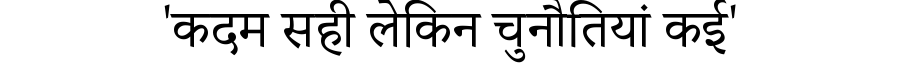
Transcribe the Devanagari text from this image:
'कदम सही लेकिन चुनौतियां कई'